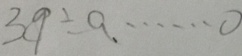
3 9 \div a \cdots 0